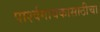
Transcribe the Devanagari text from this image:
पार्श्वगायकासाठीचा